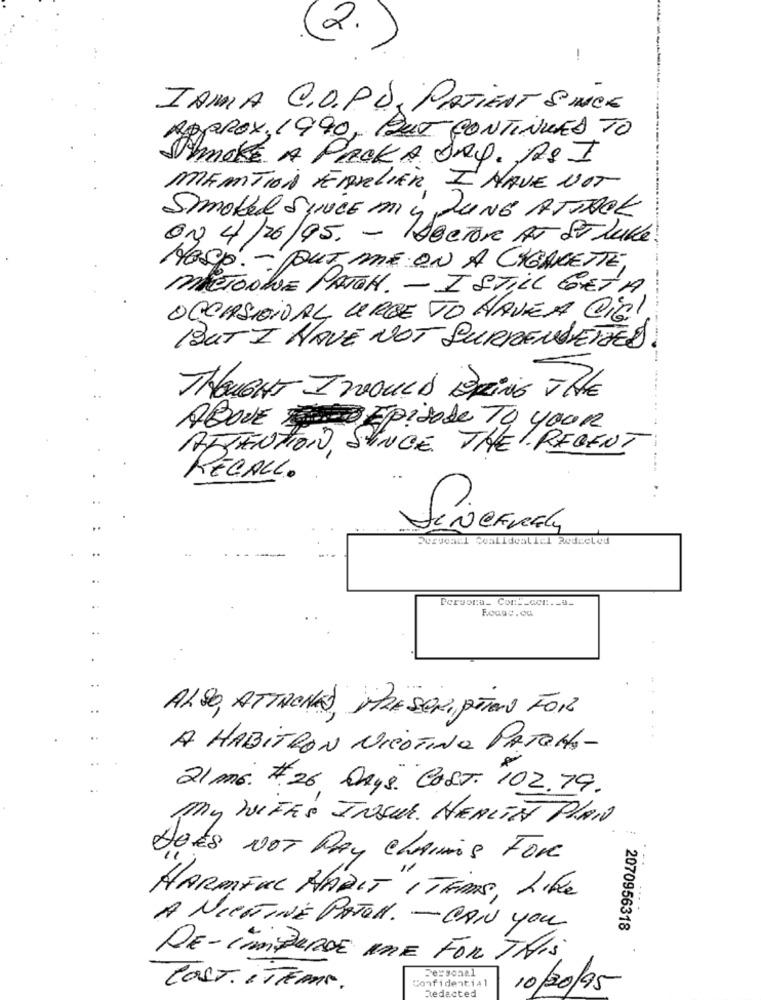
2.
-.
IAMA C.D.P.O. PATIENTS NICE
APPROX. 1990, BUT CONTINUED TO
SMOKE A PROKA SAQ. ASI
MENTION EARLIER I HAVE NOT
Smoked SINCE miy JUNG ATTROK
ON 4/26/95. - PecTore AT ST Luke.
HOSP. - PUT ME ON A CIGARETTE,
----
MRCTOOQUE PATCH. - I STILL GETA
OCCASIONVAL URGE TO HAVEA Cia!
1BUT I HAVE NOT SURRENDERED.
THOUGHT I WOULD BRING THE
ABOVE Episode TO your
ATTENTION, SINCE THE REGENT
-----
RECALL.
Pervoall Coalidealicl Redeeled
Persona_ Cont_ccc ._ a_
..
ALSO, ATTACHAS, PRESCRIPTION FOR
A HABITRON NICOTINA PATOHA-
21 mb # 26 DAYS COST. 102.79.
My WIFES INSUL. HEALTH PLAN
DOES NOT PAY CLAIMS FOR
HARMFUL HADIT "ITEMS, Like
A NICHTINE PATOA. - CAN you
2070956318
DE- LIMPARDE unE FOR THIS
Personal
Confidential
COST. ITTEMAS.
Redacted
10/30/95